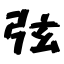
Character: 弦